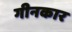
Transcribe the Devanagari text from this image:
गीनकार